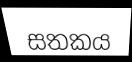
සතකය